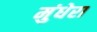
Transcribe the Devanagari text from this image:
मुंधेरा